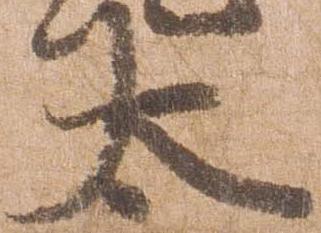
太